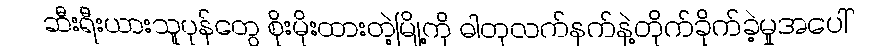
ဆီးရီးယားသူပုန်တွေ စိုးမိုးထားတဲ့မြို့ကို ဓါတုလက်နက်နဲ့တိုက်ခိုက်ခဲ့မှုအပေါ်